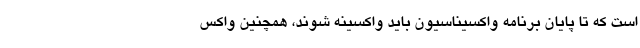
است که تا پایان برنامه واکسیناسیون باید واکسینه شوند، همچنین واکس